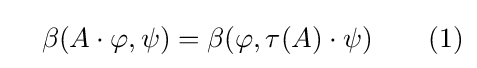
\quad \beta (A\cdot \varphi ,\psi )=\beta (\varphi ,\tau (A)\cdot \psi )\qquad (1)